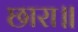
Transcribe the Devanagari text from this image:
छारा॥